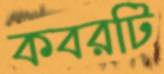
কবরটি